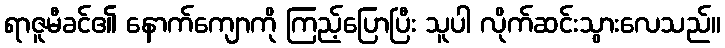
ရာဇူမီခင်၏ နောက်ကျောကို ကြည့်ပြောပြီး သူပါ လိုက်ဆင်းသွားလေသည်။